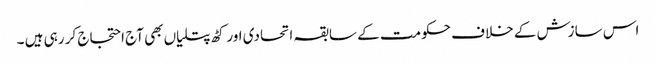
اس سازش کے خلاف حکومت کے سابقہ اتحادی اور کٹھ پتلیاں بھی آج احتجاج کر رہی ہیں ۔